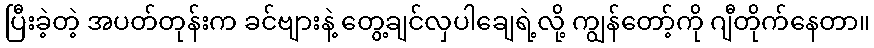
ပြီးခဲ့တဲ့ အပတ်တုန်းက ခင်ဗျားနဲ့ တွေ့ချင်လှပါချေရဲ့လို့ ကျွန်တော့်ကို ဂျီတိုက်နေတာ။